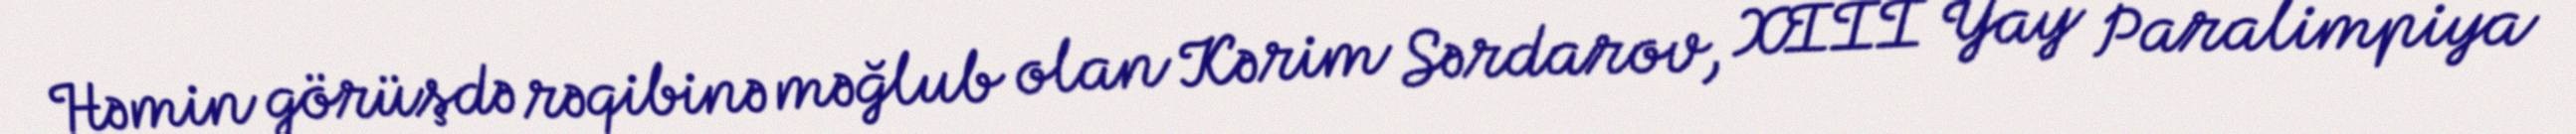
Həmin görüşdə rəqibinə məğlub olan Kərim Sərdarov, XIII Yay Paralimpiya